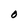
Character: O